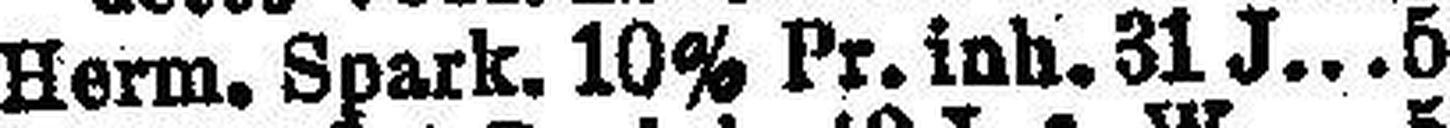
Herm. Spark. 10% Pr. inh. 31 J 5